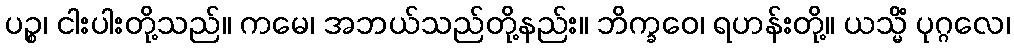
ပဉ္စ၊ ငါးပါးတို့သည်။ ကမေ၊ အဘယ်သည်တို့နည်း။ ဘိက္ခဝေ၊ ရဟန်းတို့။ ယသ္မိံ ပုဂ္ဂလေ၊